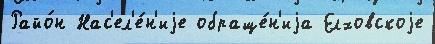
Райо́н Нас'ел'е́н'иjе обраще́н'иjа Елховскоjе